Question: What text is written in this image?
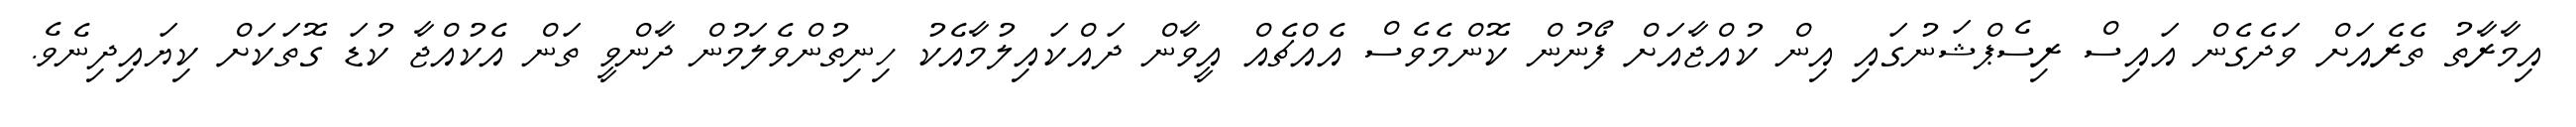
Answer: އިމާރާތު ތެރެއަށް ވަދެގެން އައިސް ރިސެޕްޝަނުގައި އިން ކުއްޖާއަށް ފޯނުން ކޮންމެވެސް އެއްޗެއް އީވާން ދައްކައިލުމާއެކު ހިނިތުންވެލަމުން ދާންވީ ތަން އެކުއްޖާ ކުޑަ ގޮތަކަށް ކިޔައިދިނެވެ.